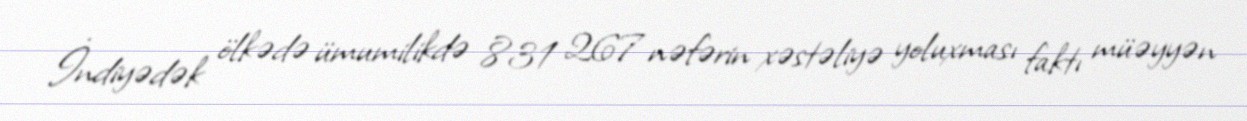
İndiyədək ölkədə ümumilikdə 831 267 nəfərin xəstəliyə yoluxması faktı müəyyən